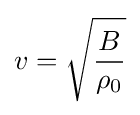
v={\sqrt {\frac {B}{\rho _{0}}}}